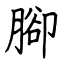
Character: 腳